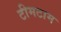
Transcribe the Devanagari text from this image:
टीमटाम